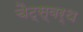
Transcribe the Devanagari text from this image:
चैट्स्वर्थ